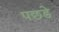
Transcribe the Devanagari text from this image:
पछडे